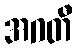
အဂတီ